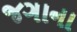
જગાના